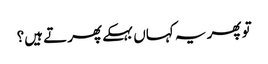
تو پھر یہ کہاں بہکے پھرتے ہیں؟